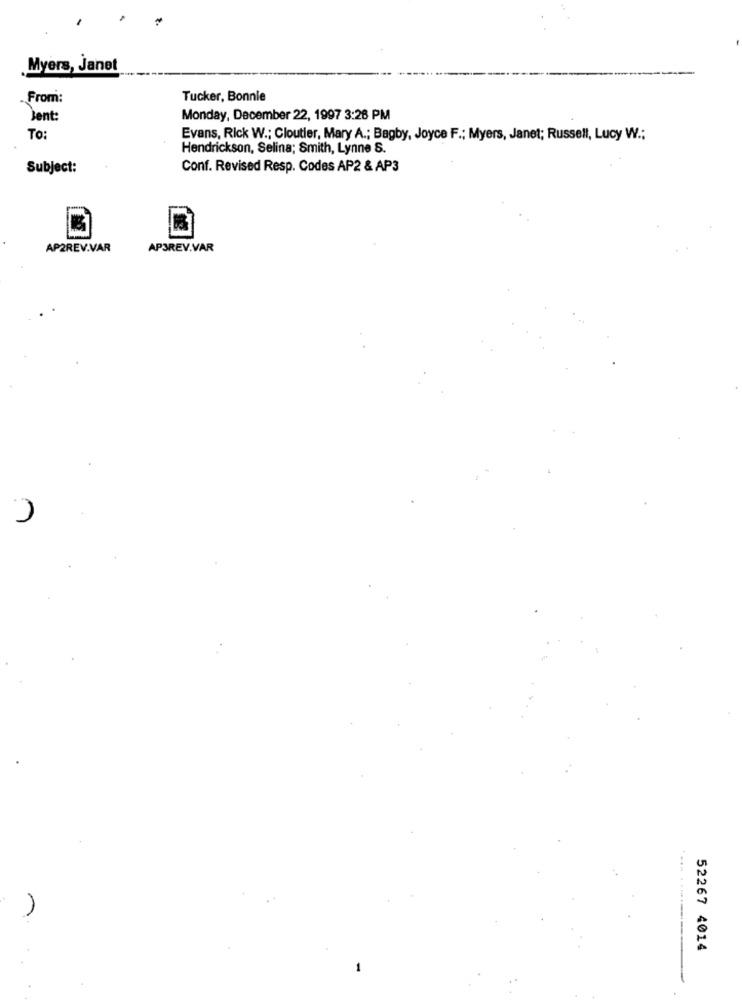
Myers, Janet
. From:
Tucker, Bonnie
Jent:
Monday, December 22, 1997 3:26 PM
To:
Evans, Rick W .; Cloutier, Mary A .; Bagby, Joyce F .; Myers, Janet; Russell, Lucy W .;
Hendrickson, Selina; Smith, Lynne S.
Subject:
Conf. Revised Resp. Codes AP2 & AP3
AP2REV.VAR
APSREV.VAR
52267 4014